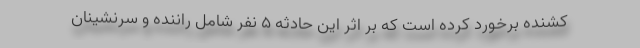
کشنده برخورد کرده است که بر اثر این حادثه ۵ نفر شامل راننده و سرنشینان